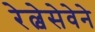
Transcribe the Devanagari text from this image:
रेल्वेसेवेने